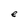
Character: e